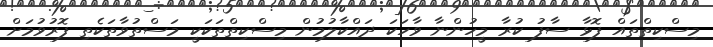
މިސްކިތްތައް ފޮޅާ ސާފު ކުރާ މީހުންނާ ވާހަކަ ދައްކާލުމުން މިސްކިތްތަކަކީ މަސްތުވާތަކެތި ފޮރުވުމަށް